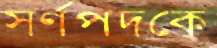
স্বর্ণপদকে